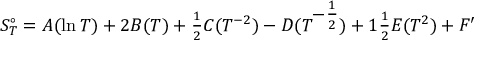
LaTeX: S _ { T } ^ { \circ } = A ( \ln T ) + 2 B ( T ) + \textstyle { \frac { 1 } { 2 } } C ( T ^ { - 2 } ) - D ( T ^ { \textstyle - { \frac { 1 } { 2 } } } ) + 1 \textstyle { \frac { 1 } { 2 } } E ( T ^ { 2 } ) + F ^ { \prime }